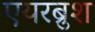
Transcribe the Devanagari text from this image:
एयरब्रुश